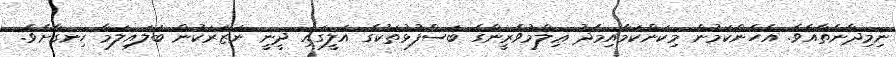
ނިމިދާނެތާއެވެ. އެހެންކަމުން މިކަންކަމާއިމެދު ޢިލްމުވެރީންގެ ބަސްފުޅުތަކުގެ އަލީގައި ދީނީ ނަޒަރަކުން ބަލައިލަމާ ހިނގާށެވެ.